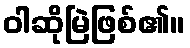
ဝါဆိုမြဲဖြစ်၏။